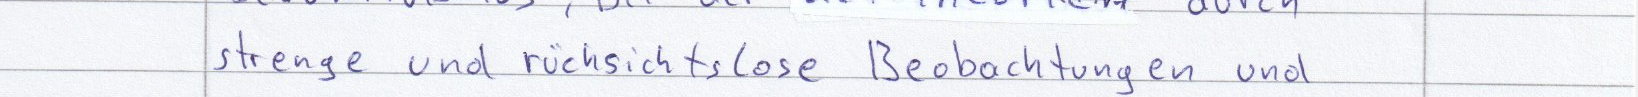
strenge und rücksichtslose Beobachtungen und